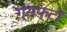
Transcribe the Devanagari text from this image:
ग्राफ्टों